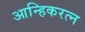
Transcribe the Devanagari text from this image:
आन्हिकरत्न